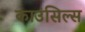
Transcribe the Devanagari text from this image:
काउंसिल्स